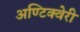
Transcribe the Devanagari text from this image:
अण्टिक्वेरी